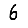
Digit: 6